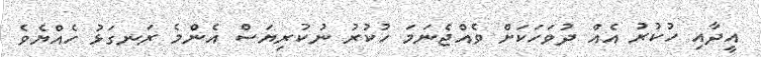
އީދާއި ހުކުރު އެއް ދުވަހަކަށް ވެއްޖެނަމަ ހުކުރު ނުކުރިޔަސް އެންމެ ރަނގަޅު ހެއްޔެވެ